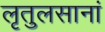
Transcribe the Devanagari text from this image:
लृतुलसानां